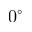
0 ^ { \circ }